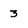
Character: 3